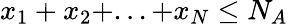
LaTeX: x_{1}+x_{2}+...+x_{N}\leq N_{A}